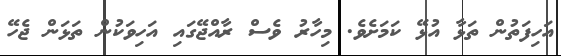
އަހިފަތުން ތަޅާ އުޅޭ ކަމަށެވެ. މިހާރު ވެސް ރާއްޖޭގައި އަހިވަކުން ތަޅަން ޖެހޭ